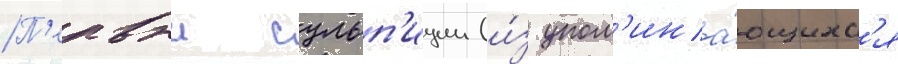
П'ервыи сульп'иции (и́з упом'ина́ющихс'я